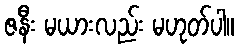
ဇနီး မယားလည်း မဟုတ်ပါ။